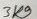
Text: 3K9